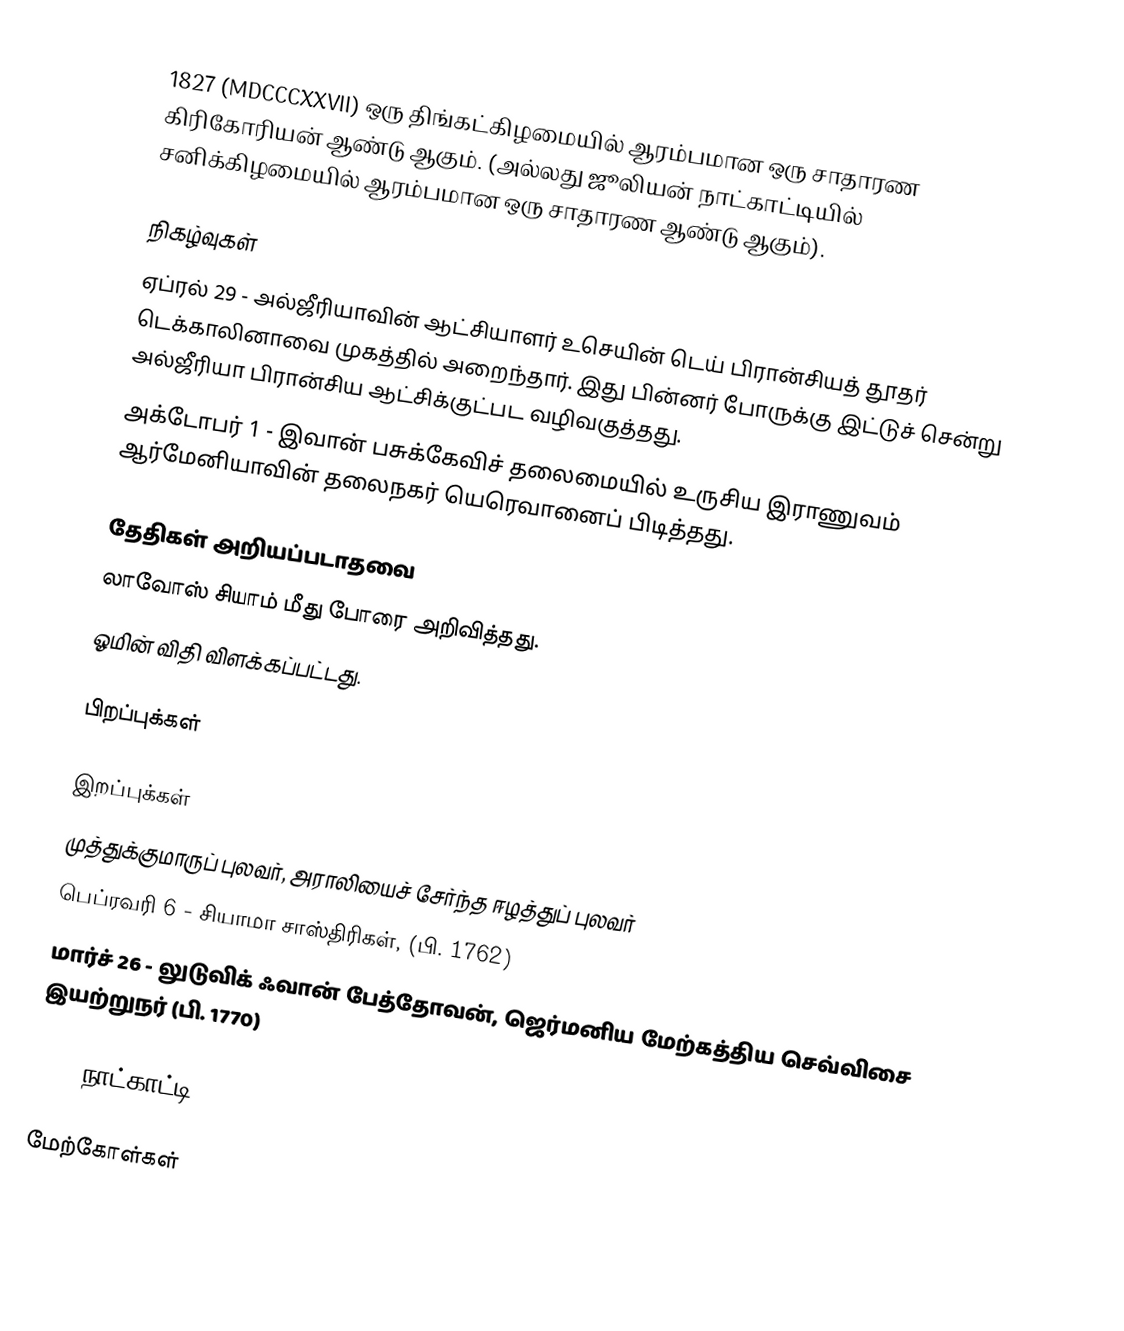
1827  (MDCCCXXVII) ஒரு திங்கட்கிழமையில் ஆரம்பமான ஒரு சாதாரண கிரிகோரியன் ஆண்டு ஆகும். (அல்லது ஜூலியன் நாட்காட்டியில் சனிக்கிழமையில் ஆரம்பமான ஒரு சாதாரண ஆண்டு ஆகும்).

நிகழ்வுகள்
 ஏப்ரல் 29 - அல்ஜீரியாவின் ஆட்சியாளர் உசெயின் டெய் பிரான்சியத் தூதர் டெக்காலினாவை முகத்தில் அறைந்தார். இது பின்னர் போருக்கு இட்டுச் சென்று அல்ஜீரியா பிரான்சிய ஆட்சிக்குட்பட வழிவகுத்தது.
 அக்டோபர் 1 - இவான் பசுக்கேவிச் தலைமையில் உருசிய இராணுவம் ஆர்மேனியாவின் தலைநகர் யெரெவானைப் பிடித்தது.

தேதிகள் அறியப்படாதவை
 லாவோஸ் சியாம் மீது போரை அறிவித்தது.
 ஓமின் விதி விளக்கப்பட்டது.

பிறப்புக்கள்

இறப்புக்கள்
 முத்துக்குமாருப் புலவர், அராலியைச் சேர்ந்த ஈழத்துப் புலவர்
 பெப்ரவரி 6 - சியாமா சாஸ்திரிகள், (பி. 1762)
 மார்ச் 26 - லுடுவிக் ஃவான் பேத்தோவன், ஜெர்மனிய மேற்கத்திய செவ்விசை இயற்றுநர் (பி. 1770)

1827 நாட்காட்டி

மேற்கோள்கள்